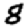
Digit: 8